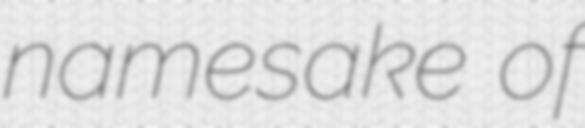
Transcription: namesake of